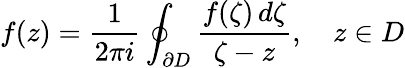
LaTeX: f(z)={\frac{1}{2\pi i}}\oint_{\partial D}{\frac{f(\zeta)\, d\zeta}{\zeta-z}},\quad z\in D